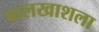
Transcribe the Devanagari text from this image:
बालखाशला